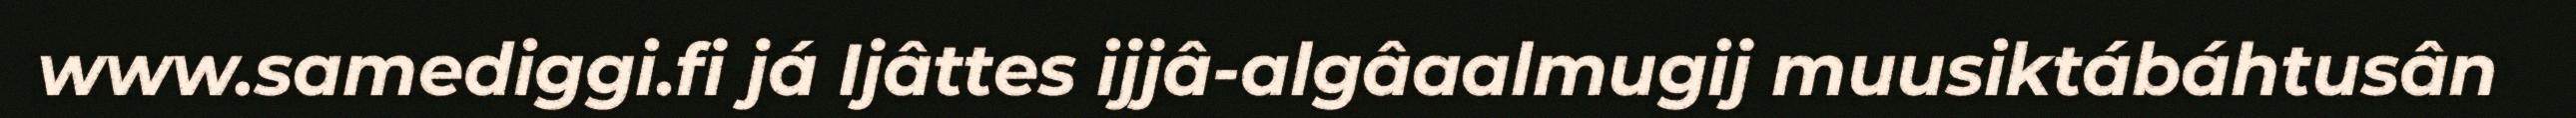
www.samediggi.fi já Ijâttes ijjâ-algâaalmugij muusiktábáhtusân